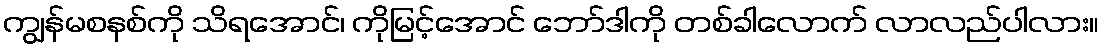
ကျွန်မစနစ်ကို သိရအောင်၊ ကိုမြင့်အောင် ဘော်ဒါကို တစ်ခါလောက် လာလည်ပါလား။